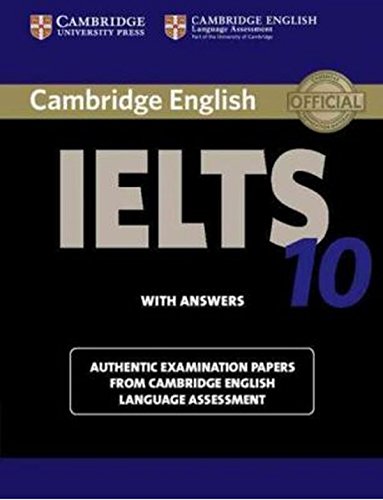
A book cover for Cambridge IELTS 10 Student's Book with Answers: Authentic Examination Papers from Cambridge English Language Assessment (IELTS Practice Tests); Reference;